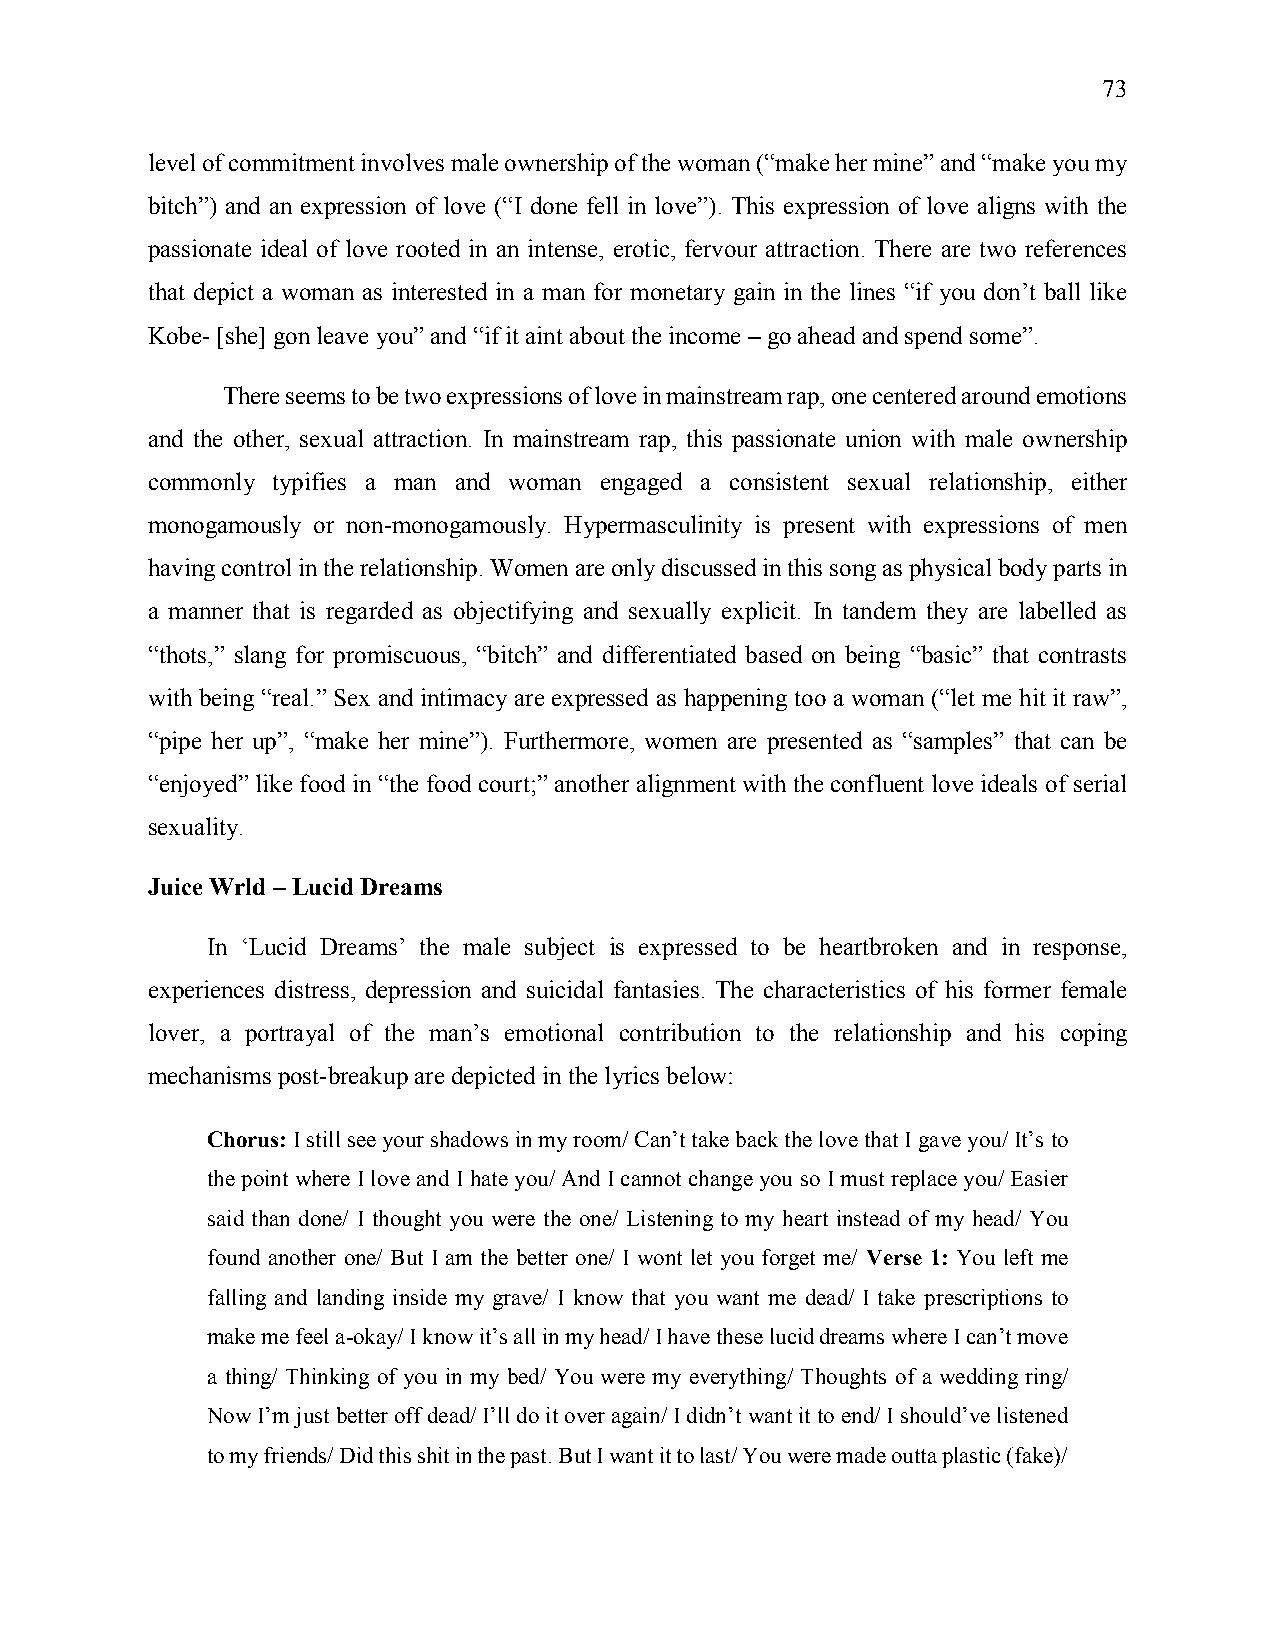
73
 level of commitment involves male ownership of the woman (“make her mine” and “make you my
 bitch”) and an expression of love (“I done fell in love”). This expression of love aligns with the
 passionate ideal of love rooted in an intense, erotic, fervour attraction. There are two references
 that depict a woman as interested in a man for monetary gain in the lines “if you don’t ball like
 Kobe- [she] gon leave you” and “if it aint about the income – go ahead and spend some”.
 There seems to be two expressions of love in mainstream rap, one centered around emotions
 and the other, sexual attraction. In mainstream rap, this passionate union with male ownership
 commonly typifies a man and woman engaged a consistent sexual relationship, either
 monogamously or non-monogamously. Hypermasculinity is present with expressions of men
 having control in the relationship. Women are only discussed in this song as physical body parts in
 a manner that is regarded as objectifying and sexually explicit. In tandem they are labelled as
 “thots,” slang for promiscuous, “bitch” and differentiated based on being “basic” that contrasts
 with being “real.” Sex and intimacy are expressed as happening too a woman (“let me hit it raw”,
 “pipe her up”, “make her mine”). Furthermore, women are presented as “samples” that can be
 “enjoyed” like food in “the food court;” another alignment with the confluent love ideals of serial
 sexuality.
 Juice Wrld – Lucid Dreams
 In ‘Lucid Dreams’ the male subject is expressed to be heartbroken and in response,
 experiences distress, depression and suicidal fantasies. The characteristics of his former female
 lover, a portrayal of the man’s emotional contribution to the relationship and his coping
 mechanisms post-breakup are depicted in the lyrics below:
 Chorus: I still see your shadows in my room/ Can’t take back the love that I gave you/ It’s to
 the point where I love and I hate you/ And I cannot change you so I must replace you/ Easier
 said than done/ I thought you were the one/ Listening to my heart instead of my head/ You
 found another one/ But I am the better one/ I wont let you forget me/ Verse 1: You left me
 falling and landing inside my grave/ I know that you want me dead/ I take prescriptions to
 make me feel a-okay/ I know it’s all in my head/ I have these lucid dreams where I can’t move
 a thing/ Thinking of you in my bed/ You were my everything/ Thoughts of a wedding ring/
 Now I’m just better off dead/ I’ll do it over again/ I didn’t want it to end/ I should’ve listened
 to my friends/ Did this shit in the past. But I want it to last/ You were made outta plastic (fake)/